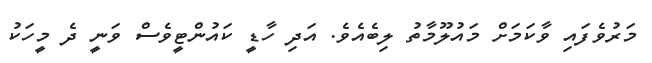
މަރުވެފައި ވާކަމަށް މައުލޫމާތު ލިބެއެވެ. އަދި ހާޑީ ކައުންޓީވެސް ވަނީ ދެ މީހަކު